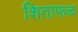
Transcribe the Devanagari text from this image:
शिताफळ